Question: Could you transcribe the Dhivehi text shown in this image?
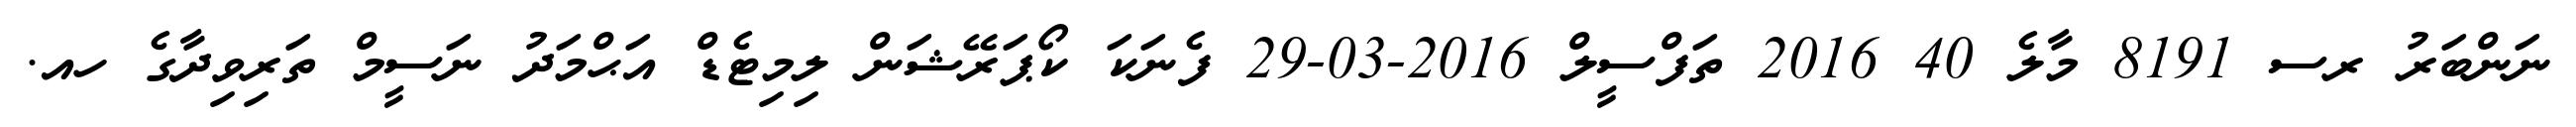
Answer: ނަންބަރު ރސ 8191 މާލެ 40 2016 ތަފްސީލް 2016-03-29 ފެނަކަ ކޯޕަރޭޝަން ލިމިޓެޑް އަޙްމަދު ނަސީމް ތަރިވިދާގެ ހއ.